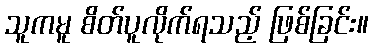
သူကမူ စိတ်ပူလိုက်ရသည့် ဖြစ်ခြင်း။